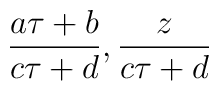
{a\tau +b \over c\tau +d}, {z \over c\tau +d}